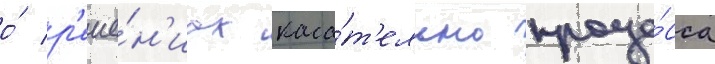
о́ р'еше́н'иах каса́т'ельно проце́сса